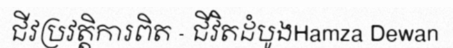
ជីវប្រវត្តិការពិត - ជីវិតដំបូងHamza Dewan